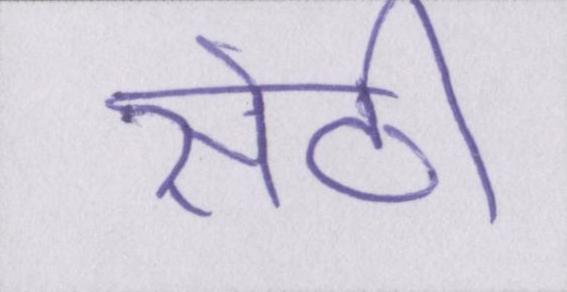
सेठी